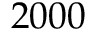
2 0 0 0